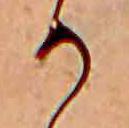
か